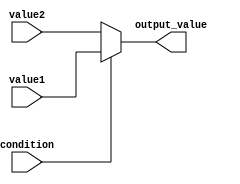
module conditional_assignment (
    input wire condition,  // Boolean condition
    input wire [7:0] value1, // First value (8-bit input)
    input wire [7:0] value2, // Second value (8-bit input)
    output reg [7:0] output_value // Output value (8-bit output)
);

// Combinational logic using the conditional operator
always @* begin
    output_value = (condition) ? value1 : value2; // Ternary operator assignment
end

endmodule